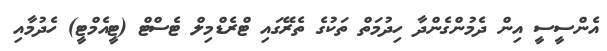
އެންސީސީ އިން ދެމުންގެންދާ ހިދުމަތް ތަކުގެ ތެރޭގައި ޓްރެޑްމިލް ޓެސްޓް (ޓީއެމްޓީ) ހެދުމާއި